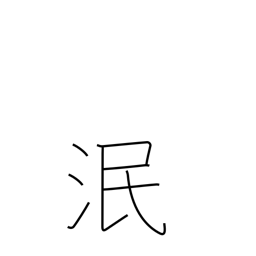
Meaning: die out